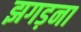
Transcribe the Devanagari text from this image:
झगड़ना